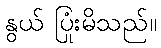
နွယ် ပြုံးမိသည်။